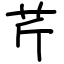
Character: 芹